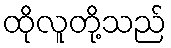
ထိုလူတို့သည်